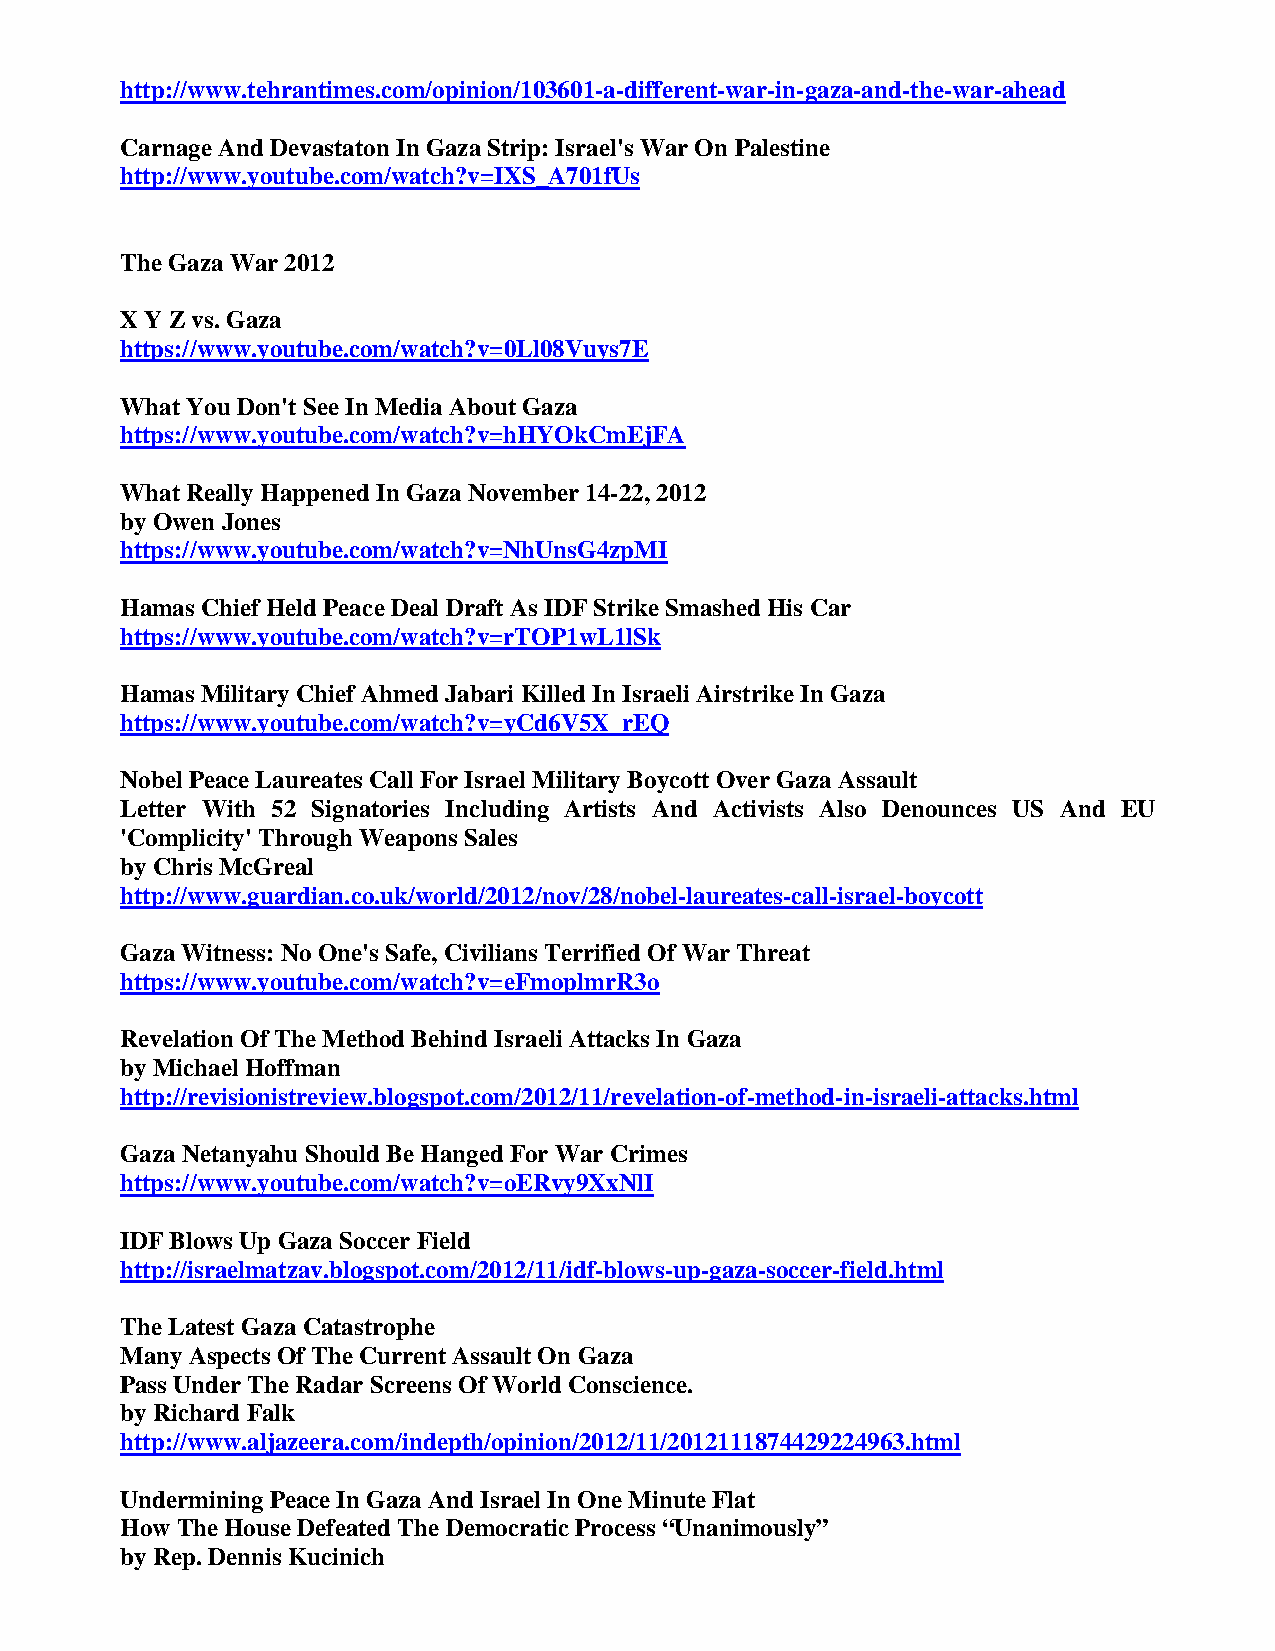
http://www.tehrantimes.com/opinion/103601-a-different-war-in-gaza-and-the-war-ahead
 Carnage And Devastaton In Gaza Strip: Israel's War On Palestine
 http://www.youtube.com/watch?v=IXS_A701fUs
 The Gaza War 2012
 X Y Z vs. Gaza
 https://www.youtube.com/watch?v=0Ll08Vuys7E
 What You Don't See In Media About Gaza
 https://www.youtube.com/watch?v=hHYOkCmEjFA
 What Really Happened In Gaza November 14-22, 2012
 by Owen Jones
 https://www.youtube.com/watch?v=NhUnsG4zpMI
 Hamas Chief Held Peace Deal Draft As IDF Strike Smashed His Car
 https://www.youtube.com/watch?v=rTOP1wL1lSk
 Hamas Military Chief Ahmed Jabari Killed In Israeli Airstrike In Gaza
 https://www.youtube.com/watch?v=yCd6V5X_rEQ
 Nobel Peace Laureates Call For Israel Military Boycott Over Gaza Assault
 Letter With 52 Signatories Including Artists And Activists Also Denounces US And EU
 'Complicity' Through Weapons Sales
 by Chris McGreal
 http://www.guardian.co.uk/world/2012/nov/28/nobel-laureates-call-israel-boycott
 Gaza Witness: No One's Safe, Civilians Terrified Of War Threat
 https://www.youtube.com/watch?v=eFmoplmrR3o
 Revelation Of The Method Behind Israeli Attacks In Gaza
 by Michael Hoffman
 http://revisionistreview.blogspot.com/2012/11/revelation-of-method-in-israeli-attacks.html
 Gaza Netanyahu Should Be Hanged For War Crimes
 https://www.youtube.com/watch?v=oERvy9XxNlI
 IDF Blows Up Gaza Soccer Field
 http://israelmatzav.blogspot.com/2012/11/idf-blows-up-gaza-soccer-field.html
 The Latest Gaza Catastrophe
 Many Aspects Of The Current Assault On Gaza
 Pass Under The Radar Screens Of World Conscience.
 by Richard Falk
 http://www.aljazeera.com/indepth/opinion/2012/11/2012111874429224963.html
 Undermining Peace In Gaza And Israel In One Minute Flat
 How The House Defeated The Democratic Process “Unanimously”
 by Rep. Dennis Kucinich